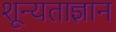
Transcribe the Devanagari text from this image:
शून्यताज्ञान